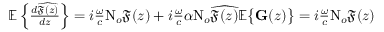
\begin{array} { r } { \mathbb { E } \left\lbrace \frac { d \widehat { \mathfrak { F } ( z ) } } { d z } \right\rbrace = i \frac { \omega } { c } \mathrm { N } _ { o } { \mathfrak { F } ( z ) } + i \frac { \omega } { c } \alpha \mathrm { N } _ { o } \widehat { \mathfrak { F } ( z ) } \mathbb { E } \big \lbrace { \mathbf { G } } ( z ) \big \rbrace = i \frac { \omega } { c } \mathrm { N } _ { o } { \mathfrak { F } ( z ) } } \end{array}